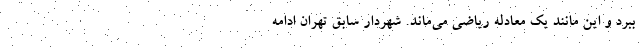
ببرد و این مانند یک معادله ریاضی می‌ماند. شهردار سابق تهران ادامه